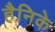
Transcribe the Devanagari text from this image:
हैनिके